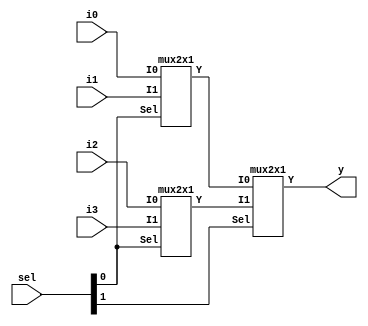
module whole_design_mux2x1 (i0,i1,i2,i3,sel,y);
input i0,i1,i2,i3;
input [1:0] sel;
output y;
wire t1,t2;  
    mux2x1 dut1 (i0,i1,sel[0],t1);
    mux2x1 dut2 (i2,i3,sel[0],t2);
    mux2x1 dut3 (t1,t2,sel[1],y);
endmodule




module mux2x1 ( I0,I1,Sel,Y);

 input I0,I1,Sel;
 output Y;

assign Y=Sel ?I1:I0;

endmodule